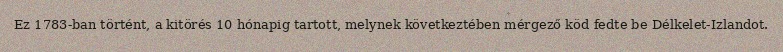
Ez 1783-ban történt, a kitörés 10 hónapig tartott, melynek következtében mérgező köd fedte be Délkelet-Izlandot.